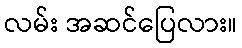
လမ်း အဆင်ပြေလား။